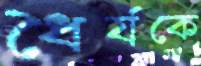
ধৈর্যকে